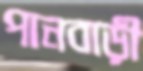
পানবাড়ী